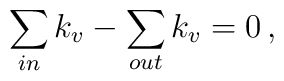
\sum_{in} k_v - \sum_{out} k_v = 0 \,,